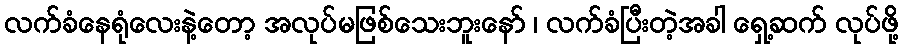
လက်ခံနေရုံလေးနဲ့တော့ အလုပ်မဖြစ်သေးဘူးနော် ၊ လက်ခံပြီးတဲ့အခါ ရှေ့ဆက် လုပ်ဖို့